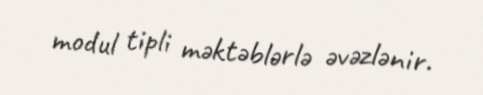
modul tipli məktəblərlə əvəzlənir.